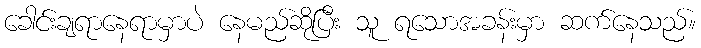
ခေါင်းချရာနေရာမှာပဲ နေမည်ဆိုပြီး သူ ရသောအခန်းမှာ ဆက်နေသည်။